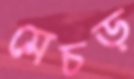
মেচড়